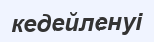
кедейленуі